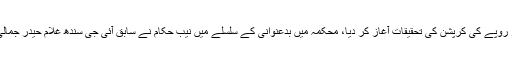
قومی احتساب بیورو نے محکمہ پولیس میں ایک ارب چار کروڑ روپے کی کرپشن کی تحقیقات آغاز کر دیا، محکمہ میں بدعنوانی کے سلسلے میں نیب حکام نے سابق آئی جی سندھ غلام حیدر جمالی سمیت محکمہ پولیس کے70 افسران کو نوٹس جاری کر دئیے۔